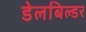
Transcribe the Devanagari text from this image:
डेलबिल्डर